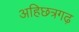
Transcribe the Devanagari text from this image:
अहिछत्रगढ़